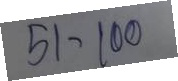
51 - 100